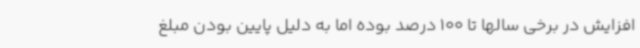
افزایش در برخی سالها تا 100 درصد بوده اما به دلیل پایین بودن مبلغ